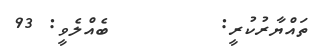
ތައްޔާރުކުރީ:        ބެއްލެވީ: 93